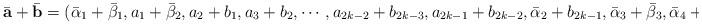
LaTeX: \begin{align*}\bar{\mathbf{a}}+\bar{\mathbf{b}}=(\bar{\alpha}_1+\bar{\beta}_1,a_1+\bar{\beta}_2,a_2+b_1,a_3+b_2,\cdots,a_{2k-2}+b_{2k-3},a_{2k-1}+b_{2k-2},\bar{\alpha}_2+b_{2k-1},\bar{\alpha}_3+\bar{\beta}_3,\bar{\alpha}_4+\bar{\beta}_4).\end{align*}